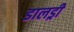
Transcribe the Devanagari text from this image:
डालड्री